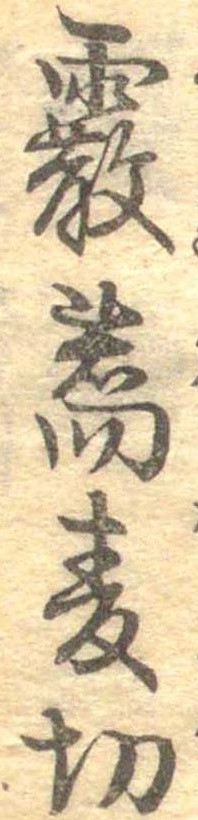
霰蕎麦切